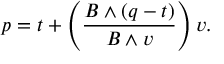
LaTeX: p = t + \left( { \frac { B \wedge ( q - t ) } { B \wedge v } } \right) v .